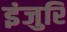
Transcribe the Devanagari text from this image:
इंजुरि